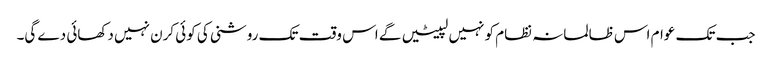
جب تک عوام اس ظالمانہ نظام کو نہیں لپیٹیں گے اس وقت تک روشنی کی کوئی کرن نہیں دکھائی دے گی۔